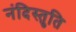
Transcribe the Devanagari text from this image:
नंदिस्तुति